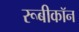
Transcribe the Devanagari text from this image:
रूबीकॉन